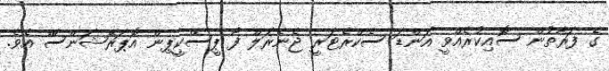
ގެ ފަރާތުން ސޮއިކުރެއްވީ އަންޑަ ސެކްރެޓަރީ ޖެނެރަލް ފޯ ޕީސްކީޕިން އޮޕަރޭޝަންސްް އެވެ.